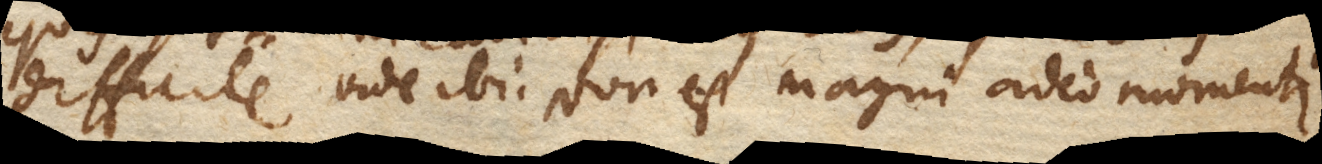
difficile vide ibi. Non est magni adeo momenti